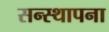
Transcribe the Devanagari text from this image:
सन्स्थापना